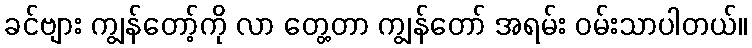
ခင်ဗျား ကျွန်တော့်ကို လာ တွေ့တာ ကျွန်တော် အရမ်း ဝမ်းသာပါတယ်။